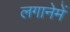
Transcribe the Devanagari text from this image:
लगानेमें